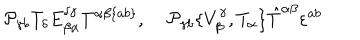
{ \cal P } _ { \gamma b } T _ { \delta } E _ { \beta \alpha } ^ { \delta \gamma } T ^ { \alpha \beta \{ a b \} } , \; { \cal P } _ { \gamma b } \{ V _ { \beta } ^ { \gamma } , T _ { \alpha } \} \hat { T } ^ { \alpha \beta } \varepsilon ^ { a b }